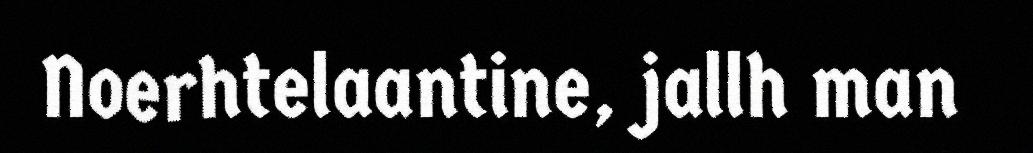
Noerhtelaantine, jallh man